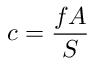
c = { \frac { f A } { S } }